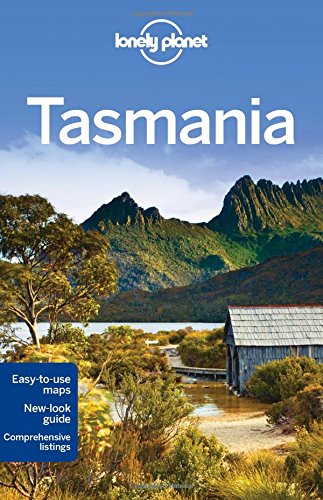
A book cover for Lonely Planet Tasmania (Travel Guide); Lonely Planet; Travel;